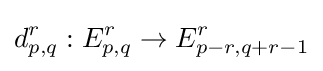
d_{p,q}^{r}:E_{p,q}^{r}\to E_{p-r,q+r-1}^{r}